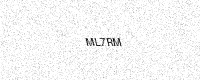
Text: ML7RM